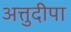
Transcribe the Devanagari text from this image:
अत्तुदीपा